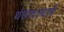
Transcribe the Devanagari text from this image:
थंडावल्याचे